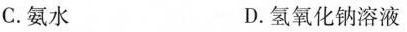
C.氨水 D.氢氧化钠溶液